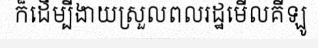
ក៏ដើម្បីងាយស្រួលពលរដ្ឋមើលគីឡូ